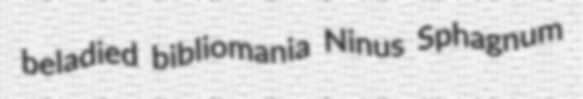
beladied bibliomania Ninus Sphagnum